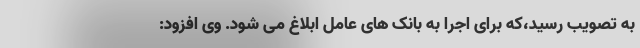
به تصویب رسید،که برای اجرا به بانک های عامل ابلاغ می شود. وی افزود: